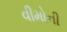
વીમોની